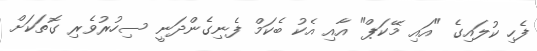
ފެހި ކުލައިގެ "އައި މޭކަޕް" އާއި އެކު ބެކަމް ފެނިގެންދަނީ ސިހުރުވެރި ގޮތަކަށް